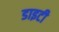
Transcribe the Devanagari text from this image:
डाइटी